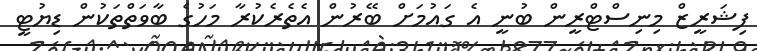
ފިޝަރީޒް މިނިސްޓްރީން ބުނީ އެ ގައުމަށް ބޭރުން އެތެރެކުރާ މަހުގެ ބާވަތްތަކުން ޑިޔުޓީ